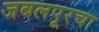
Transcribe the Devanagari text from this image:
जबलपूरचा